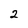
Character: 2